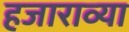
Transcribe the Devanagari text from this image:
हजाराव्या